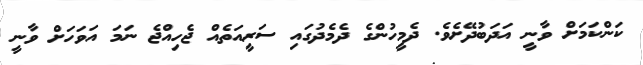
ކަންކަމަށް ވާނީ އަދަބުދޭށެވެ. ދެމީހުންގެ ދެމެދުގައި ސަރީއަތެއް ޖެހިއްޖެ ނަމަ އަވަހަށް ވާނީ